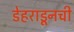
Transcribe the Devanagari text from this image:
डेहराडूनची